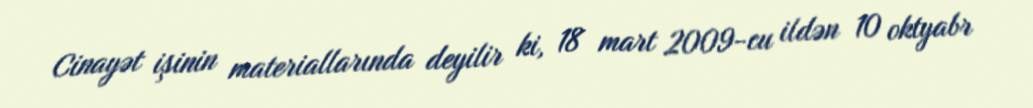
Cinayət işinin materiallarında deyilir ki, 18 mart 2009-cu ildən 10 oktyabr